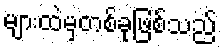
များထဲမှတစ်ခုဖြစ်သည်